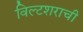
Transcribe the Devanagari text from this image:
विल्टशराची